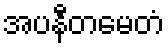
အပနီတမေတံ